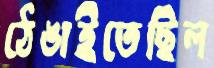
ঠেঙাইতেছিল